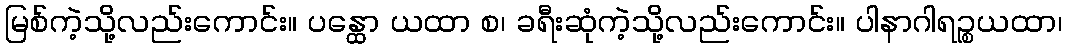
မြစ်ကဲ့သို့လည်းကောင်း။ ပန္ထော ယထာ စ၊ ခရီးဆုံကဲ့သို့လည်းကောင်း။ ပါနာဂါရဉ္စယထာ၊